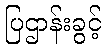
ပြဌာန်းခွင့်